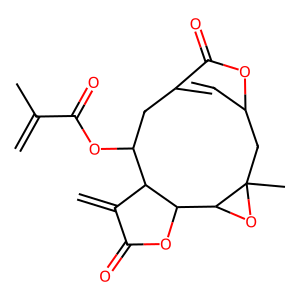
SMILES: C=C(C)C(=O)OC1CC2=CC(CC3(C)OC3C3OC(=O)C(=C)C13)OC2=O
Inhibits HIV replication: No